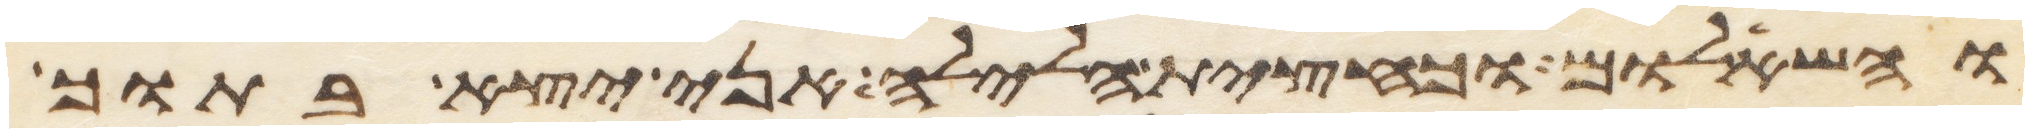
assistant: והשאלום וכחצית הלילה אני יצא בתוך